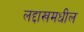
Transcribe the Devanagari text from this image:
लद्दाखमधील